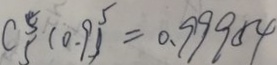
C _ { 5 } ^ { 5 } ( 0 . 9 ) ^ { 5 } = 0 . 9 9 9 5 4